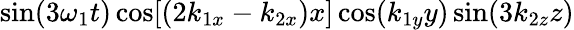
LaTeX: \sin(3\omega_{1}t)\cos[(2k_{1x}-k_{2x})x]\cos(k_{1y}y)\sin(3k_{2z}z)